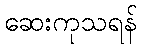
ဆေးကုသရန်